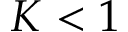
K < 1